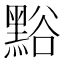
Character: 𪑌